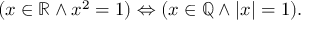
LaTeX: ( x \in \mathbb { R } \land x ^ { 2 } = 1 ) \Leftrightarrow ( x \in \mathbb { Q } \land | x | = 1 ) .